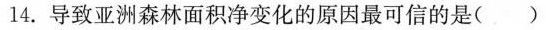
14.导致亚洲森林面积净变化的原因最可信的是（）